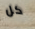
كل